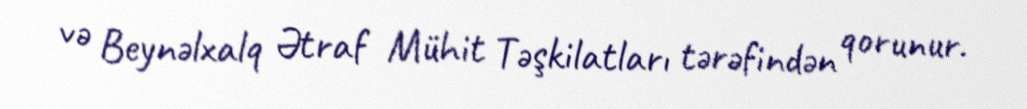
və Beynəlxalq Ətraf Mühit Təşkilatları tərəfindən qorunur.